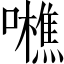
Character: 𡃼